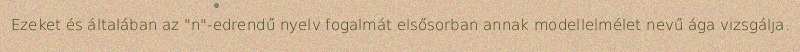
Ezeket és általában az "n"-edrendű nyelv fogalmát elsősorban annak modellelmélet nevű ága vizsgálja.